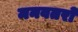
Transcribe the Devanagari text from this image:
मनवतरों